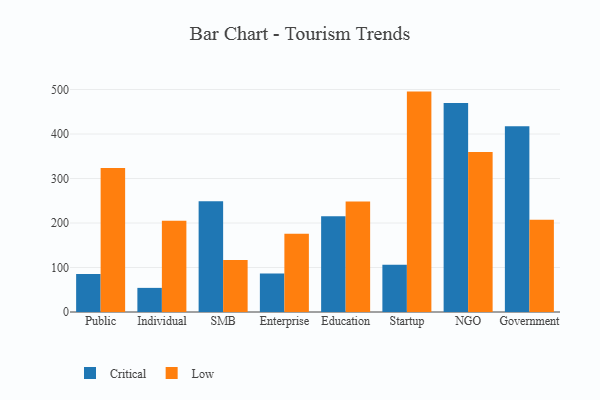
{"axis": {"x": "Segment", "y": "Latency (ms)"}, "legend": ["Critical", "Low"], "data": [{"x": "Public", "y": 85.2, "type": "Critical"}, {"x": "Public", "y": 323.5, "type": "Low"}, {"x": "Individual", "y": 54.2, "type": "Critical"}, {"x": "Individual", "y": 204.9, "type": "Low"}, {"x": "SMB", "y": 248.7, "type": "Critical"}, {"x": "SMB", "y": 116.6, "type": "Low"}, {"x": "Enterprise", "y": 86.5, "type": "Critical"}, {"x": "Enterprise", "y": 175.8, "type": "Low"}, {"x": "Education", "y": 215.1, "type": "Critical"}, {"x": "Education", "y": 248.5, "type": "Low"}, {"x": "Startup", "y": 106.3, "type": "Critical"}, {"x": "Startup", "y": 495.3, "type": "Low"}, {"x": "NGO", "y": 469.6, "type": "Critical"}, {"x": "NGO", "y": 359.6, "type": "Low"}, {"x": "Government", "y": 417.6, "type": "Critical"}, {"x": "Government", "y": 207.4, "type": "Low"}]}